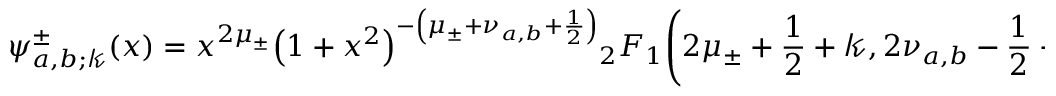
\psi _ { a , b ; \mathscr { k } } ^ { \pm } ( x ) = x ^ { 2 \mu _ { \pm } } { \left( 1 + x ^ { 2 } \right) } ^ { - \left( \mu _ { \pm } + \nu _ { a , b } + \frac { 1 } { 2 } \right) } { } _ { 2 } F _ { 1 } \! \left( 2 \mu _ { \pm } + \frac { 1 } { 2 } + \mathscr { k } , 2 \nu _ { a , b } - \frac { 1 } { 2 } - \mathscr { k } ; 1 \pm \frac { 1 } { 2 } ; \frac { x ^ { 2 } } { 1 + x ^ { 2 } } \right)